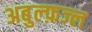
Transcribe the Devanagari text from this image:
अबुल्फ़ज्ल